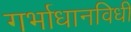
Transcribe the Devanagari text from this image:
गर्भाधानविधी